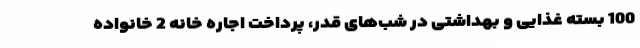
100 بسته غذایی و بهداشتی در شب‌های قدر، پرداخت اجاره خانه 2 خانواده